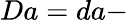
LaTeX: Da=da-